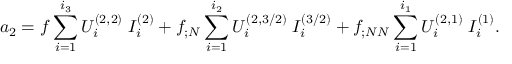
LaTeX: a _ { 2 } = f \sum _ { i = 1 } ^ { i _ { 3 } } { \cal U } _ { i } ^ { ( 2 , 2 ) } \; I _ { i } ^ { ( 2 ) } + f _ { ; N } \sum _ { i = 1 } ^ { i _ { 2 } } { \cal U } _ { i } ^ { ( 2 , 3 / 2 ) } \; I _ { i } ^ { ( 3 / 2 ) } + f _ { ; N N } \sum _ { i = 1 } ^ { i _ { 1 } } { \cal U } _ { i } ^ { ( 2 , 1 ) } \; I _ { i } ^ { ( 1 ) } .